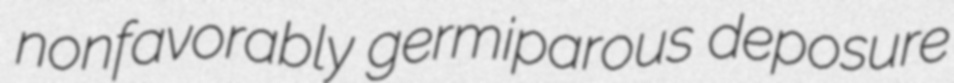
nonfavorably germiparous deposure